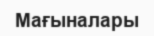
Мағыналары